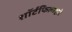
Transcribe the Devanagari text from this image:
शॉर्टफिल्मद्वारे